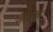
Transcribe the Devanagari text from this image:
ओदछा